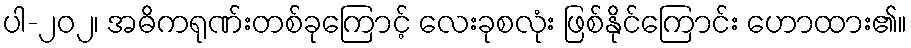
ပါ-၂၀၂၊ အဓိကရုဏ်းတစ်ခုကြောင့် လေးခုစလုံး ဖြစ်နိုင်ကြောင်း ဟောထား၏။